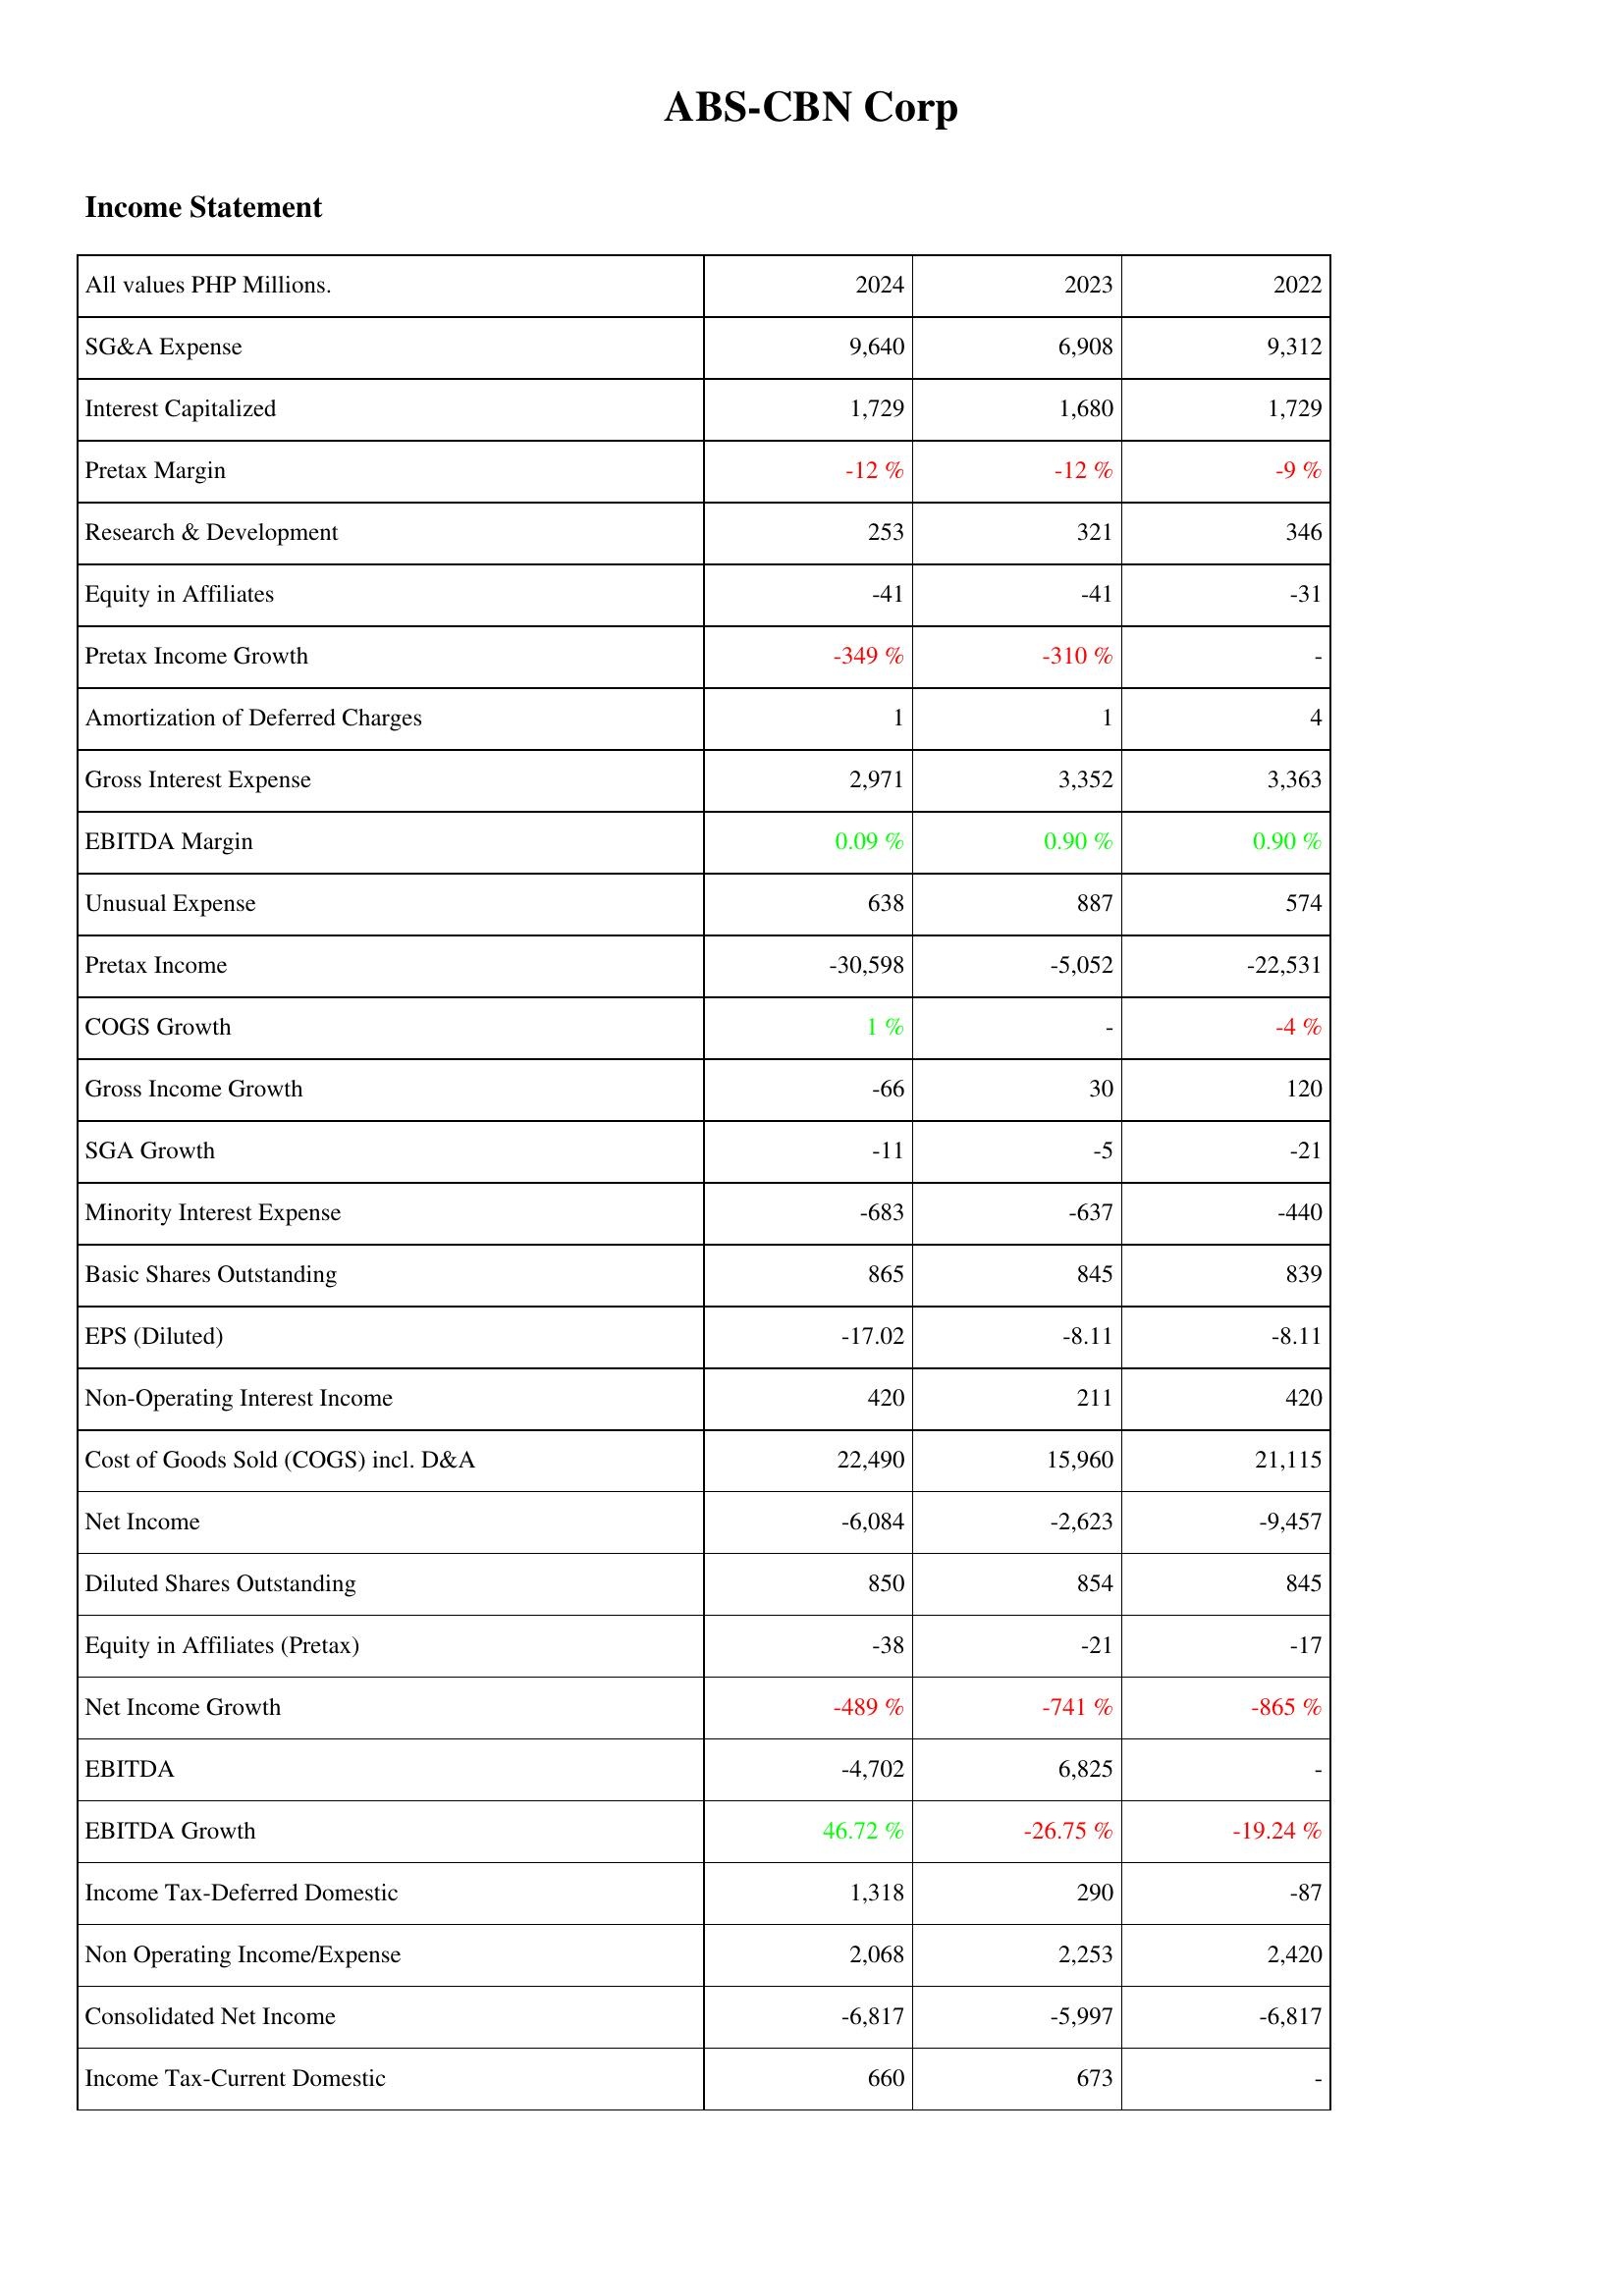
2024: Income Statement: SG&A Expense: 9,640
Interest Capitalized: 1,729
Pretax Margin: -12 %
Research & Development: 253
Equity in Affiliates: -41
Pretax Income Growth: -349 %
Amortization of Deferred Charges: 1
Gross Interest Expense: 2,971
EBITDA Margin: 0.09 %
Unusual Expense: 638
Pretax Income: -30,598
COGS Growth: 1 %
Gross Income Growth: -66
SGA Growth: -11
Minority Interest Expense: -683
Basic Shares Outstanding: 865
EPS (Diluted): -17.02
Non-Operating Interest Income: 420
Cost of Goods Sold (COGS) incl. D&A: 22,490
Net Income: -6,084
Diluted Shares Outstanding: 850
Equity in Affiliates (Pretax): -38
Net Income Growth: -489 %
EBITDA: -4,702
EBITDA Growth: 46.72 %
Income Tax-Deferred Domestic: 1,318
Non Operating Income/Expense: 2,068
Consolidated Net Income: -6,817
Income Tax-Current Domestic: 660
2023: Income Statement: SG&A Expense: 6,908
Interest Capitalized: 1,680
Pretax Margin: -12 %
Research & Development: 321
Equity in Affiliates: -41
Pretax Income Growth: -310 %
Amortization of Deferred Charges: 1
Gross Interest Expense: 3,352
EBITDA Margin: 0.90 %
Unusual Expense: 887
Pretax Income: -5,052
COGS Growth: -
Gross Income Growth: 30
SGA Growth: -5
Minority Interest Expense: -637
Basic Shares Outstanding: 845
EPS (Diluted): -8.11
Non-Operating Interest Income: 211
Cost of Goods Sold (COGS) incl. D&A: 15,960
Net Income: -2,623
Diluted Shares Outstanding: 854
Equity in Affiliates (Pretax): -21
Net Income Growth: -741 %
EBITDA: 6,825
EBITDA Growth: -26.75 %
Income Tax-Deferred Domestic: 290
Non Operating Income/Expense: 2,253
Consolidated Net Income: -5,997
Income Tax-Current Domestic: 673
2022: Income Statement: SG&A Expense: 9,312
Interest Capitalized: 1,729
Pretax Margin: -9 %
Research & Development: 346
Equity in Affiliates: -31
Pretax Income Growth: -
Amortization of Deferred Charges: 4
Gross Interest Expense: 3,363
EBITDA Margin: 0.90 %
Unusual Expense: 574
Pretax Income: -22,531
COGS Growth: -4 %
Gross Income Growth: 120
SGA Growth: -21
Minority Interest Expense: -440
Basic Shares Outstanding: 839
EPS (Diluted): -8.11
Non-Operating Interest Income: 420
Cost of Goods Sold (COGS) incl. D&A: 21,115
Net Income: -9,457
Diluted Shares Outstanding: 845
Equity in Affiliates (Pretax): -17
Net Income Growth: -865 %
EBITDA: -
EBITDA Growth: -19.24 %
Income Tax-Deferred Domestic: -87
Non Operating Income/Expense: 2,420
Consolidated Net Income: -6,817
Income Tax-Current Domestic: -